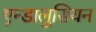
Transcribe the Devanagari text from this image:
एन्डालुसियन